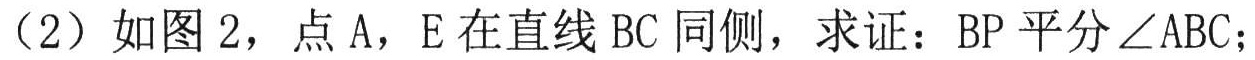
(2) 如图2，点\(A\)，\(E\)在直线\(BC\)同侧，求证：\(BP\)平分\(\angle ABC\)；